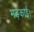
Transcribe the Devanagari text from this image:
भड़काई।